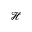
\mathcal { H }